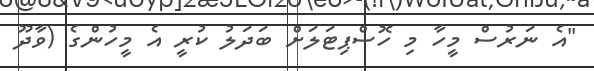
"އެ ނަރުސް މީހާ މި ހޮސްޕިޓަލަށް ބަދަލު ކުރީ އެ މީހުންގެ (ވާދޫ